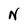
Character: N